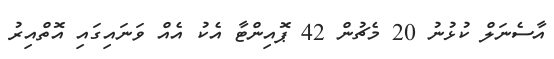
އާސެނަލް ކުޅުނު 20 މެޗުން 42 ޕޮއިންޓާ އެކު އެއް ވަނައިގައި އޮތްއިރު